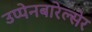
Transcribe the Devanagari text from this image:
उप्पेनबारेल्सेर